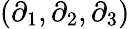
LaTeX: (\partial_{1},\partial_{2},\partial_{3})